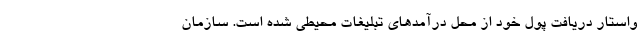
واستار دریافت پول خود از محل درآمدهای تبلیغات محیطی شده است. سازمان